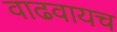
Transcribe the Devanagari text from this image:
वाढवायच